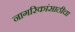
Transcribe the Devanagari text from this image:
नागरिकांसाठीचा